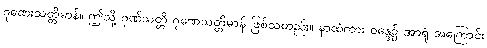
ဂုဏေးသတ္တိမာန်။ ဤသို့ ဂုဏ်သတ္တိ ဂုဏေသတ္တိမာန် ဖြစ်သတည်း။ နာထံကား ဝန္ဒေ၌ အာရုံ အကြောင်း